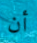
أن